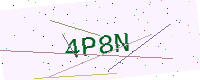
Text: 4P8N